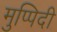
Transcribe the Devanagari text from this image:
मुप्पिदी